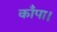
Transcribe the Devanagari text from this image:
काँपा।